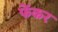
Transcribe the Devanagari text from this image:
फेंकर